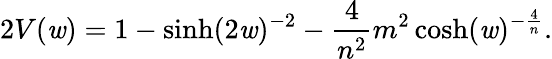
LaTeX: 2V(\mathit{w})=1-\sinh(2\mathit{w})^{-2}-\frac{{4}}{{n^{2}}}m^{2}\cosh(\mathit{w})^{-\frac{{4}}{{n}}}.